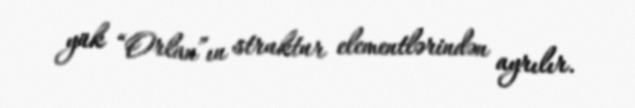
yük “Orlan”ın struktur elementlərindən ayrılır.